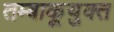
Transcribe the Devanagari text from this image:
तम्बाकूयुक्त